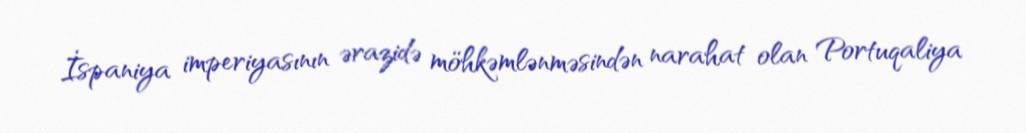
İspaniya imperiyasının ərazidə möhkəmlənməsindən narahat olan Portuqaliya